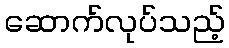
ဆောက်လုပ်သည့်